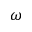
\omega